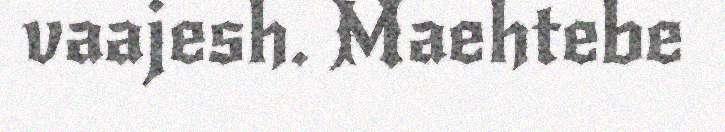
vaajesh. Maehtebe